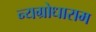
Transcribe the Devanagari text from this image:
न्यग्रोधाराम